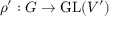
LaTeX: \rho ^ { \prime } : G \to { \mathrm { G L } } ( V ^ { \prime } )